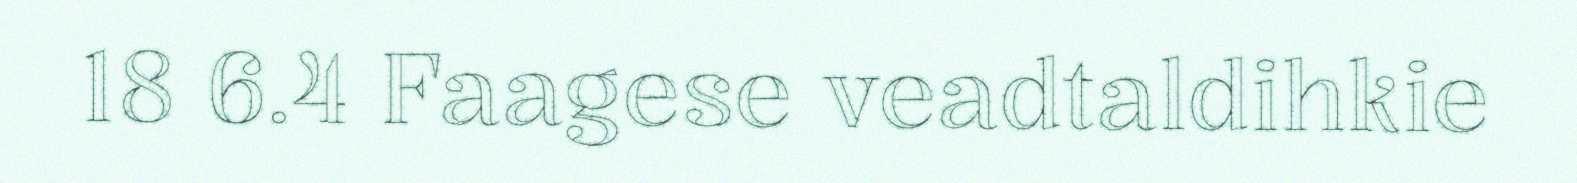
18 6.4 Faagese veadtaldihkie